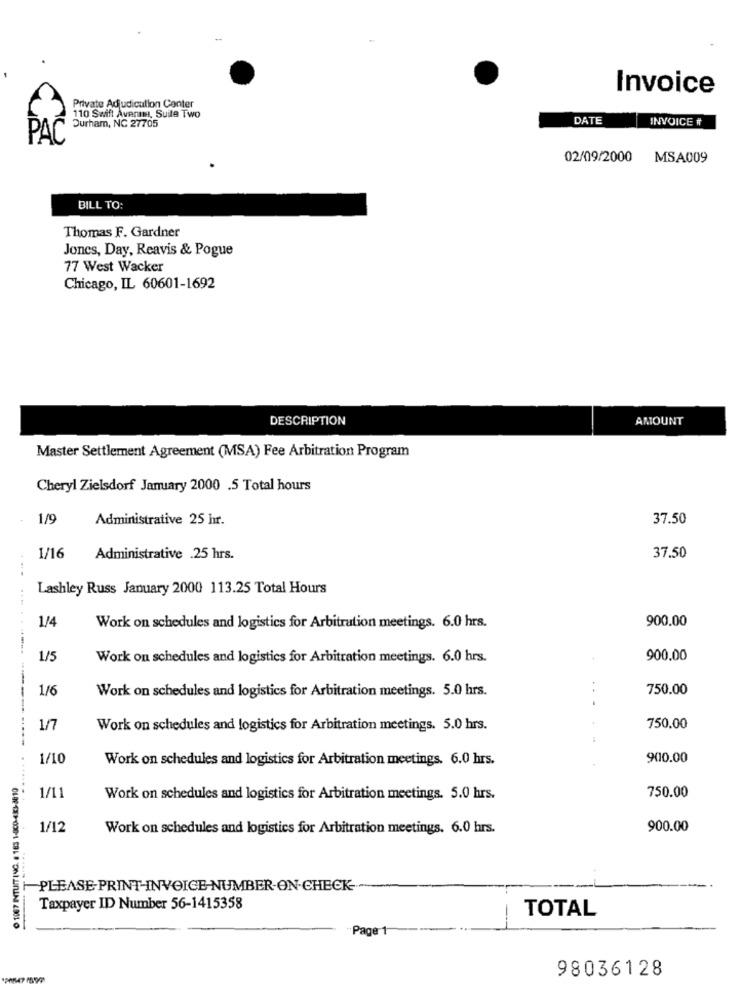
Invoice
Private Adjudication Conter
Durham, NC 27705
110 Swift Avenmy, Suile Two
DATE
INVOICE #
PAC
02/09/2000
MSA009
BILL TO:
Thomas F. Gardner
Jones, Day, Reavis & Pogue
77 West Wacker
Chicago, IL 60601-1692
DESCRIPTION
AMOUNT
Master Settlement Agreement (MSA) Fee Arbitration Program
Cheryl Zielsdorf January 2000 .5 Total hours
1/9
Administrative 25 hr.
37.50
1/16
Administrative .25 hrs.
37.50
Lashley Russ January 2000 113.25 Total Hours
1/4
900.00
Work on schedules and logistics for Arbitration meetings. 6.0 hrs.
1/5
Work on schedules and logistics for Arbitration meetings. 6.0 hrs.
900.00
1/6
Work on schedules and logistics for Arbitration meetings. 5.0 hrs.
750.00
1/7
Work on schedules and logistics for Arbitration meetings. 5.0 hrs.
750.00
1/10
Work on schedules and logistics for Arbitration meetings. 6.0 hrs.
900.00
1007 INTUIT INC. # 183 1-800-413-3810
... .......... ----...... .......
1/11
Work on schedules and logistics for Arbitration meetings. 5.0 hrs.
750.00
1/12
Work on schedules and logistics for Arbitration meetings. 6.0 hrs.
900.00
PLEASE- PRINT-INVOICE-NUMBER-ON-CHECK-
Taxpayer ID Number 56-1415358
TOTAL
Page 1
98036128